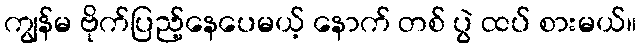
ကျွန်မ ဗိုက်ပြည့်နေပေမယ့် နောက် တစ် ပွဲ ထပ် စားမယ်။